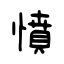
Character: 憤